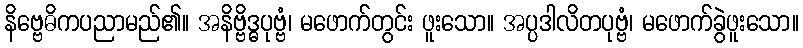
နိဗ္ဗေဓိကပညာမည်၏။ အနိဗ္ဗိဒ္ဓပုဗ္ဗံ၊ မဖောက်တွင်း ဖူးသော။ အပ္ပဒါလိတပုဗ္ဗံ၊ မဖောက်ခွဲဖူးသော။